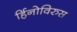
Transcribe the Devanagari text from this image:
र्हिनोविरुस